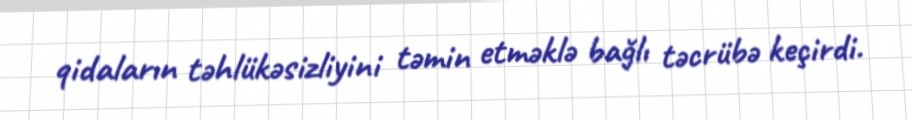
qidaların təhlükəsizliyini təmin etməklə bağlı təcrübə keçirdi.